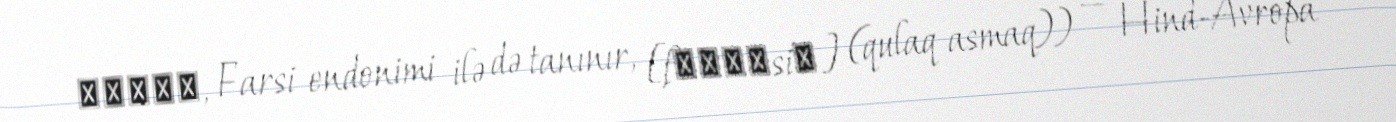
فارسی, Farsi endonimi ilə də tanınır, [fɒːɾˈsiː] (qulaq asmaq)) — Hind-Avropa